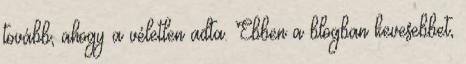
tovább, ahogy a véletlen adta. Ebben a blogban kevesebbet,